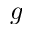
g